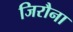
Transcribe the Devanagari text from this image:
जिरौना